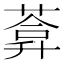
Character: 𦷼